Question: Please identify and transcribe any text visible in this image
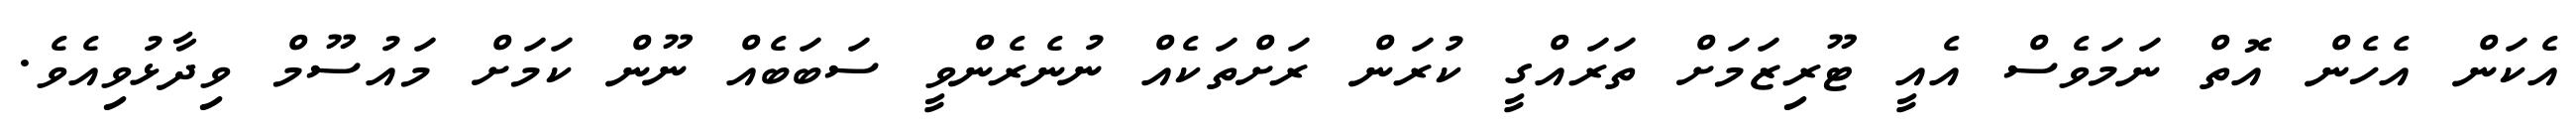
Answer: އެކަން އެހެން އޮތް ނަމަވެސް އެއީ ޓޫރިޒަމަށް ތަރައްގީ ކުރަން ރަށްތަކެއް ނުނެރެންވީ ސަބަބެއް ނޫން ކަމަށް މައުސޫމް ވިދާޅުވިއެވެ.